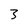
Character: 3